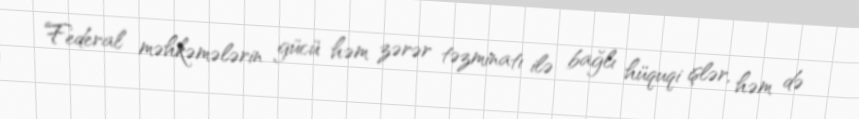
Federal məhkəmələrin gücü həm zərər təzminatı ilə bağlı hüquqi işlər, həm də